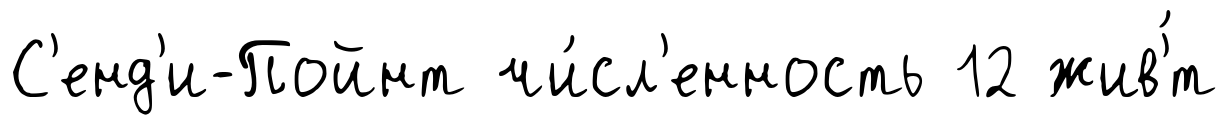
С'енд'и-Пойнт чи́сл'енность 12 жив'́т